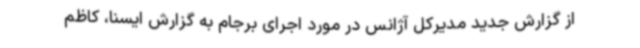
از گزارش جدید مدیرکل آژانس در مورد اجرای برجام به گزارش ایسنا، کاظم